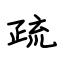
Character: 疏